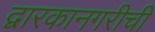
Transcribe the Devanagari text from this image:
द्वारकानगरीची